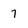
Character: 7